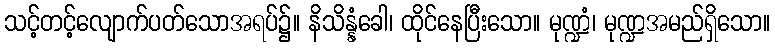
သင့်တင့်လျောက်ပတ်သောအရပ်၌။ နိသိန္နံခေါ၊ ထိုင်နေပြီးသော။ မုဏ္ဍံ၊ မုဏ္ဍအမည်ရှိသော။